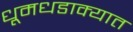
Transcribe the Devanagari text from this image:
धूमधडाक्यात